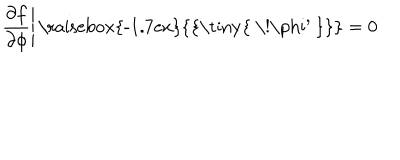
LaTeX: \left. { \frac { \partial f } { \partial \phi } } \right| { \mathrm { \raisebox { - 1 . 7 e x } { { \tiny { ~ \! \ p h i ^ { \prime } ~ } } } } } = 0